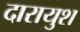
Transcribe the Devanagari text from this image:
दारायुश